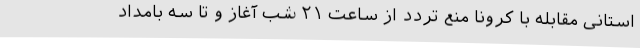
استانی مقابله با کرونا منع تردد از ساعت ۲۱ شب آغاز و تا سه بامداد